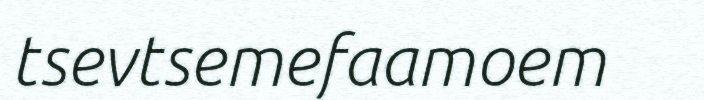
tsevtsemefaamoem